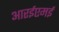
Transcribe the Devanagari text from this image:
आरईएमई